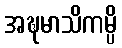
အဍ္ဎမာသိကမ္ပိ